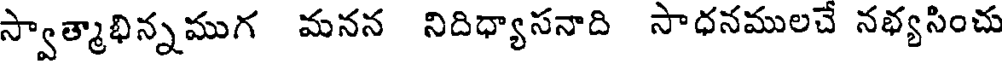
స్వాత్మాభిన్నముగ మనన నిదిధ్యాసనాది సాధనములచే నభ్యసించు